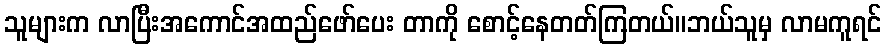
သူများက လာပြီးအကောင်အထည်ဖော်ပေး တာကို စောင့်နေတတ်ကြတယ်။ဘယ်သူမှ လာမကူရင်